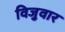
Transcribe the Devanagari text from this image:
विजुवार